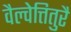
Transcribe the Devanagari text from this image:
वैल्वेत्तितुरै